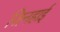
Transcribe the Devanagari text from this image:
जिनहाई